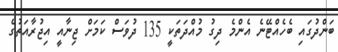
ބަންދުގައި ބެހެއްޓޭނެ އެންމެ ދިގު މުއްދަތަކީ 135 ދުވަސް ކަމަށް ޖިނާއީ އިޖުރާއަތުގެ